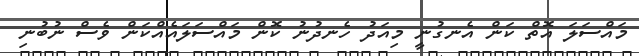
މައްސަލަ އޮތް ކަން އެނގުނީ މިއަދު ހެނދުނު ކޮން މައްސަލައެއްކަން ވެސް ނުބުނި